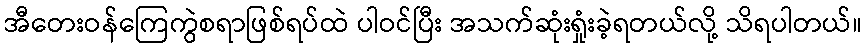
အီတေးဝန်ကြေကွဲစရာဖြစ်ရပ်ထဲ ပါဝင်ပြီး အသက်ဆုံးရှုံးခဲ့ရတယ်လို့ သိရပါတယ်။